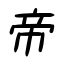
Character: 帝